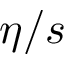
\eta / s